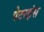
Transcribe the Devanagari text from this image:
पेटरहंस